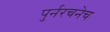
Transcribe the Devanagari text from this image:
पुर्नरचनेच